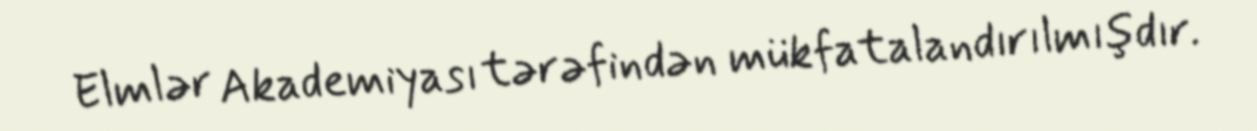
Elmlər Akademiyası tərəfindən mükfatalandırılmışdır.